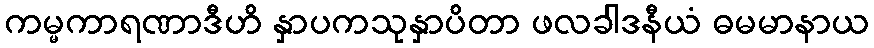
ကမ္မကာရဏာဒီဟိ နှာပကသုနှာပိတာ ဖလခါဒနီယံ ဓမမာနာယ